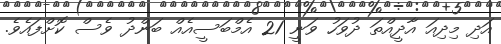
އަދި މިދިއަ އާދީއްތަ ދުވަހު ވަނީ 21 އެމްބަސީއެއް ބަންދު ވެސް ކޮށްފައެވެ.